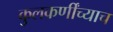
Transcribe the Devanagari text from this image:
कुलकर्णींच्याच